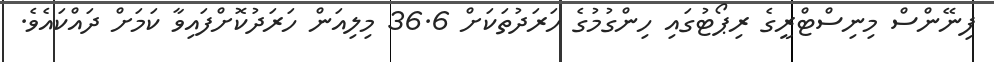
ފިނޭންސް މިނިސްޓްރީގެ ރިޕޯޓުގައި ހިންގުމުގެ ހަރަދުތަކަށް 36.6 މިލިއަން ހަރަދުކޮށްފައިވާ ކަމަށް ދައްކައެވެ.